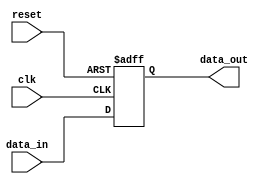
module parameterized_register #(
    parameter WIDTH = 8  // Parameterized width of the register
)(
    input wire clk,          // Clock signal
    input wire reset,        // Asynchronous reset signal
    input wire [WIDTH-1:0] data_in,  // Data input
    output reg [WIDTH-1:0] data_out   // Data output
);

// Always block to handle clock and reset behavior
always @(posedge clk or posedge reset) begin
    if (reset) begin
        data_out <= {WIDTH{1'b0}};  // Set all bits to 0 on reset
    end else begin
        data_out <= data_in;        // Latch input data on clock edge
    end
end

endmodule